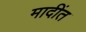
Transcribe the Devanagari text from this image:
मादींत